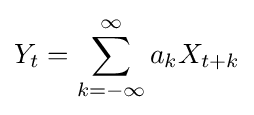
Y_{t}=\sum _{k=-\infty }^{\infty }a_{k}X_{t+k}